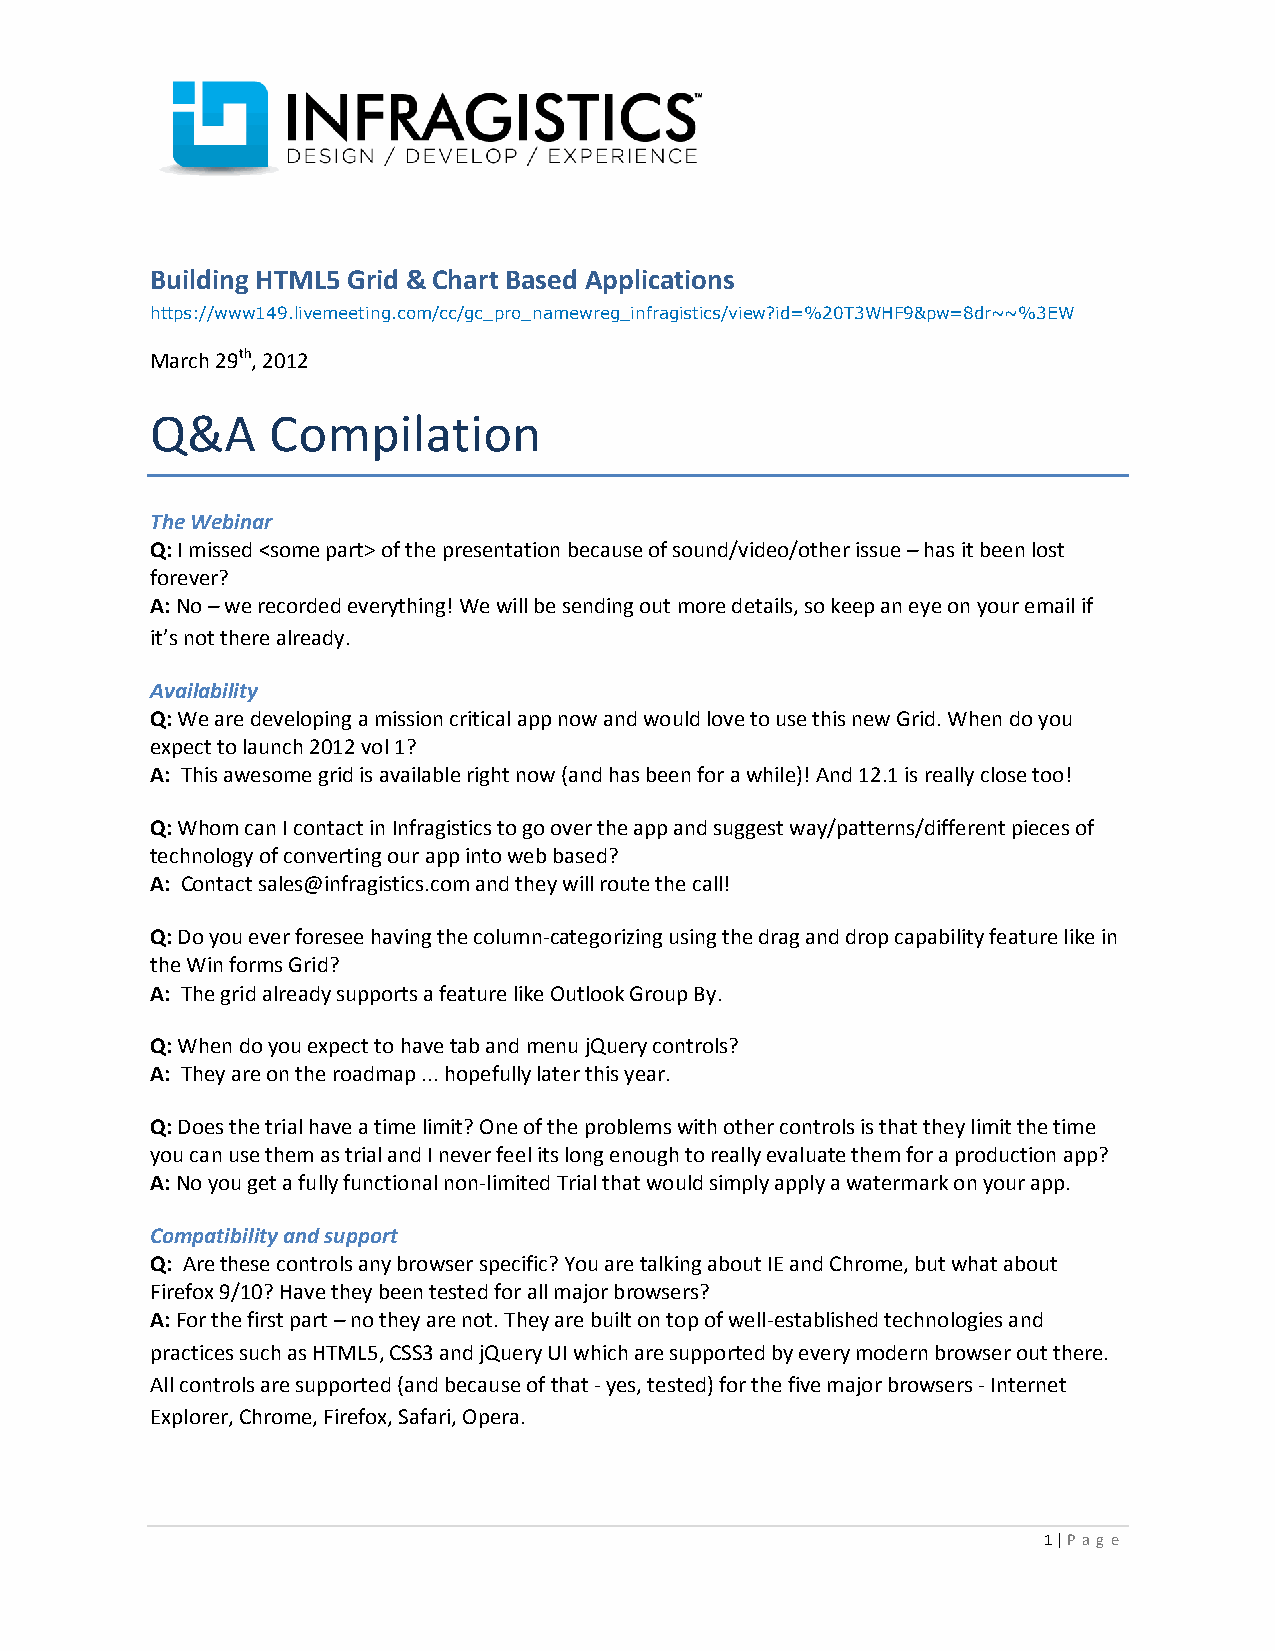
Building HTML5 Grid & Chart Based Applications
 https://www149.livemeeting.com/cc/gc_pro_namewreg_infragistics/view?id=%20T3WHF9&pw=8dr~~%3EW
 March 29th, 2012
 Q&A     Compilation
 The Webinar
 Q: I missed <some part> of the presentation because of sound/video/other issue – has it been lost
 forever?
 A: No – we recorded everything! We will be sending out more details, so keep an eye on your email if
 it’s not there already.
 Availability
 Q: We are developing a mission critical app now and would love to use this new Grid. When do you
 expect to launch 2012 vol 1?
 A: This awesome grid is available right now (and has been for a while)! And 12.1 is really close too!
 Q: Whom can I contact in Infragistics to go over the app and suggest way/patterns/different pieces of
 technology of converting our app into web based?
 A: Contact sales@infragistics.com and they will route the call!
 Q: Do you ever foresee having the column-categorizing using the drag and drop capability feature like in
 the Win forms Grid?
 A: The grid already supports a feature like Outlook Group By.
 Q: When do you expect to have tab and menu jQuery controls?
 A: They are on the roadmap ... hopefully later this year.
 Q: Does the trial have a time limit? One of the problems with other controls is that they limit the time
 you can use them as trial and I never feel its long enough to really evaluate them for a production app?
 A: No you get a fully functional non-limited Trial that would simply apply a watermark on your app.
 Compatibility and support
 Q: Are these controls any browser specific? You are talking about IE and Chrome, but what about
 Firefox 9/10? Have they been tested for all major browsers?
 A: For the first part – no they are not. They are built on top of well-established technologies and
 practices such as HTML5, CSS3 and jQuery UI which are supported by every modern browser out there.
 All controls are supported (and because of that - yes, tested) for the five major browsers - Internet
 Explorer, Chrome, Firefox, Safari, Opera.
 1 | P ag e